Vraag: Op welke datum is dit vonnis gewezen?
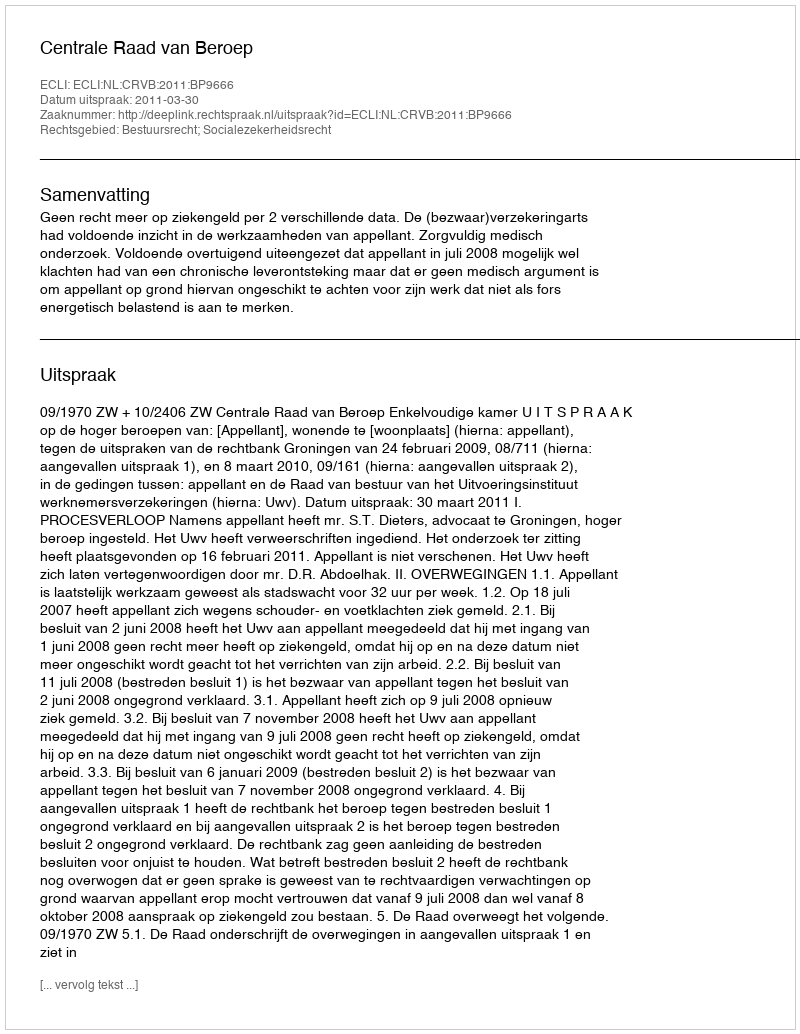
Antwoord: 2011-03-30